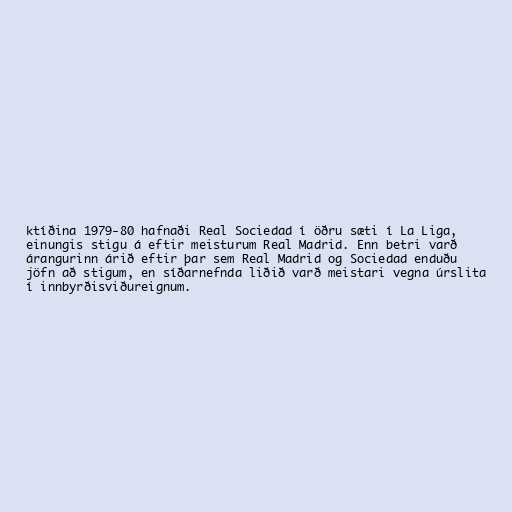
ktíðina 1979-80 hafnaði Real Sociedad í öðru sæti í La Liga,
einungis stigu á eftir meisturum Real Madrid. Enn betri varð
árangurinn árið eftir þar sem Real Madrid og Sociedad enduðu
jöfn að stigum, en síðarnefnda liðið varð meistari vegna úrslita
í innbyrðisviðureignum.